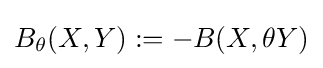
B_{\theta }(X,Y):=-B(X,\theta Y)